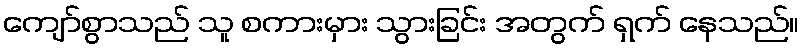
ကျော်စွာသည် သူ စကားမှား သွားခြင်း အတွက် ရှက် နေသည်။